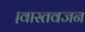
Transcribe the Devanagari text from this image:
।वास्तवजन